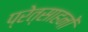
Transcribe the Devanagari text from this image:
प्रेत्साहनों